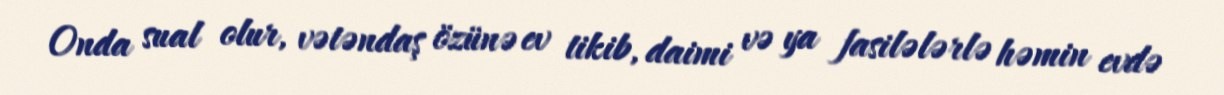
Onda sual olur, vətəndaş özünə ev tikib, daimi və ya fasilələrlə həmin evdə